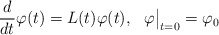
\begin{align*}\frac d{dt}\varphi(t)=L(t)\varphi(t),\ \ \varphi\big|_{t=0}=\varphi_0\end{align*}